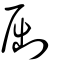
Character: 劂